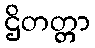
ဌိတတ္တာ